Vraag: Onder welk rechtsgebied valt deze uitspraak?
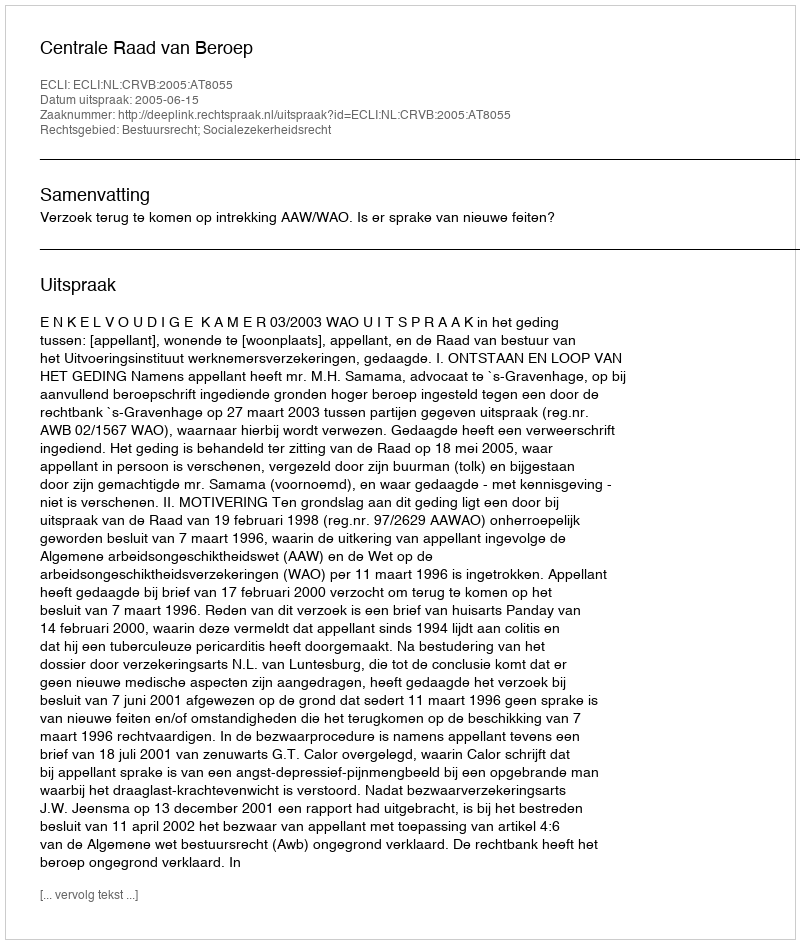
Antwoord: Bestuursrecht; Socialezekerheidsrecht